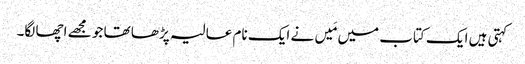
کہتی ہیں ایک کتاب میں مَیں نے ایک نام عالیہ پڑھا تھا جو مجھے اچھا لگا۔